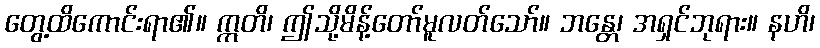
တွေ့ထိကောင်းရာ၏။ ဣတိ၊ ဤသို့မိန့်တော်မူလတ်သော်။ ဘန္တေ၊ အရှင်ဘုရား။ နဟိ၊